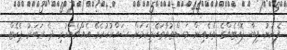
ފެނުނު ފިބާ ފޮއްޓެއްގެ ތެރެއިން މަސްތުވާތަކެތިކަމަށް ޝައްކުކުރެވޭ އެއްޗެއްހުރި ދެ ރަބަރު ޕެކެޓް